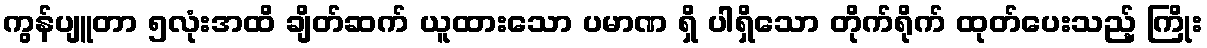
ကွန်ပျူတာ ၅လုံးအထိ ချိတ်ဆက် ယူထားသော ပမာဏ ရှိ ပါရှိသော တိုက်ရိုက် ထုတ်ပေးသည့် ကြိုး